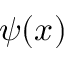
\psi ( x )